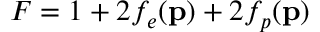
F = 1 + 2 f _ { e } ( \mathbf { p } ) + 2 f _ { p } ( \mathbf { p } )